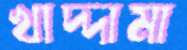
খাদ্দামা